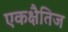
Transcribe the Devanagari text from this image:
एकक्षैतिज